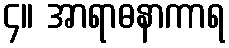
၄။ အာရာဓနာကာရ